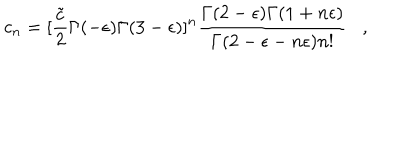
LaTeX: c _ { n } = [ { \frac { \tilde { c } } { 2 } } \Gamma ( - \epsilon ) \Gamma ( 3 - \epsilon ) ] ^ { n } \frac { \Gamma ( 2 - \epsilon ) \Gamma ( 1 + n \epsilon ) } { \Gamma ( 2 - \epsilon - n \epsilon ) n ! } ,